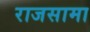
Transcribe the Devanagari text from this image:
राजसामा